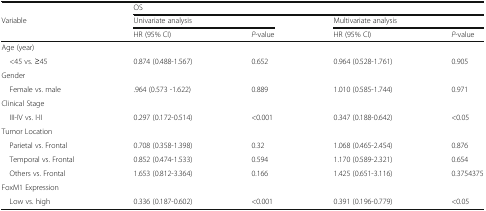
<table><thead><tr><td>[EMPTY_CELL]</td><td colspan="4"><b>OS</b></td></tr><tr><td><b>Variable</b></td><td colspan="2"><b>Univariate analysis</b></td><td colspan="2"><b>Multivariate analysis</b></td></tr><tr><td>[EMPTY_CELL]</td><td><b>HR (95% CI)</b></td><td><b><i>P</i>-value</b></td><td><b>HR (95% CI)</b></td><td><b><i>P</i>-value</b></td></tr></thead><tbody><tr><td colspan="5">Age (year)</td></tr><tr><td> &lt;45 vs. ≥45</td><td>0.874 (0.488-1.567)</td><td>0.652</td><td>0.964 (0.528-1.761)</td><td>0.905</td></tr><tr><td colspan="5">Gender</td></tr><tr><td> Female vs. male</td><td>.964 (0.573 -1.622)</td><td>0.889</td><td>1.010 (0.585-1.744)</td><td>0.971</td></tr><tr><td colspan="5">Clinical Stage</td></tr><tr><td> III-IV vs. I-II</td><td>0.297 (0.172-0.514)</td><td>&lt;0.001</td><td>0.347 (0.188-0.642)</td><td>&lt;0.05</td></tr><tr><td colspan="5">Tumor Location</td></tr><tr><td> Parietal vs. Frontal</td><td>0.708 (0.358-1.398)</td><td>0.32</td><td>1.068 (0.465-2.454)</td><td>0.876</td></tr><tr><td> Temporal vs. Frontal</td><td>0.852 (0.474-1.533)</td><td>0.594</td><td>1.170 (0.589-2.321)</td><td>0.654</td></tr><tr><td> Others vs. Frontal</td><td>1.653 (0.812-3.364)</td><td>0.166</td><td>1.425 (0.651-3.116)</td><td>0.3754375</td></tr><tr><td colspan="5">FoxM1 Expression</td></tr><tr><td> Low vs. high</td><td>0.336 (0.187-0.602)</td><td>&lt;0.001</td><td>0.391 (0.196-0.779)</td><td>&lt;0.05</td></tr></tbody></table>